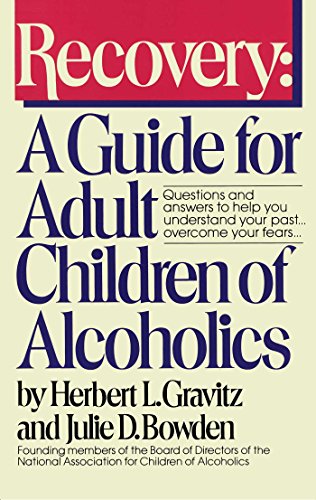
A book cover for Recovery: A Guide for Adult Children of Alcoholics; Herbert L. Gravitz; Health, Fitness & Dieting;